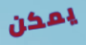
يمكن